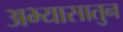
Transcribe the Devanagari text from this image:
अभ्यासातुन